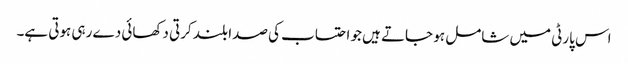
اس پارٹی میں شامل ہو جاتے ہیں جو احتساب کی صدا بلند کرتی دکھائی دے رہی ہوتی ہے۔